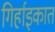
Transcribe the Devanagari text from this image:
गिर्हाइकात